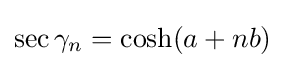
\sec \gamma _{n}=\cosh(a+nb)